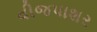
વીજપાશર